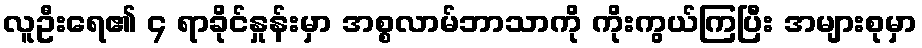
လူဦးရေ၏ ၄ ရာခိုင်နှုန်းမှာ အစ္စလာမ်ဘာသာကို ကိုးကွယ်ကြပြီး အများစုမှာ